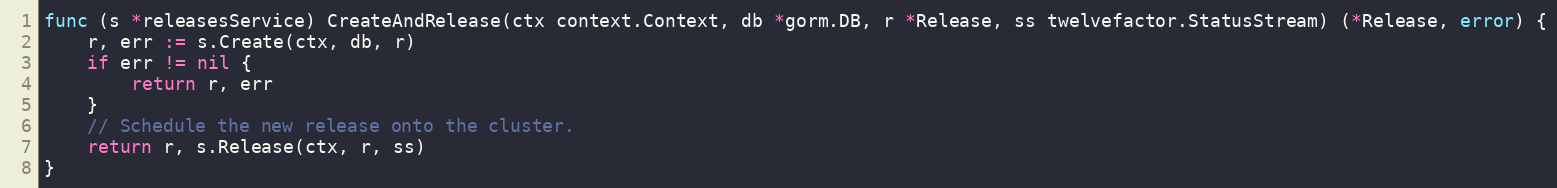
Language: Go
func (s *releasesService) CreateAndRelease(ctx context.Context, db *gorm.DB, r *Release, ss twelvefactor.StatusStream) (*Release, error) {
	r, err := s.Create(ctx, db, r)
	if err != nil {
		return r, err
	}
	// Schedule the new release onto the cluster.
	return r, s.Release(ctx, r, ss)
}